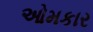
ઓમકાર